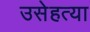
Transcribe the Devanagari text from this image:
उसेहत्या